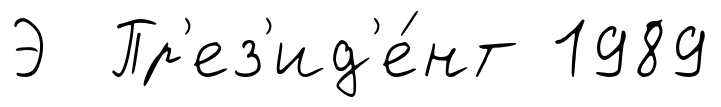
Э Пр'ез'ид'е́нт 1989